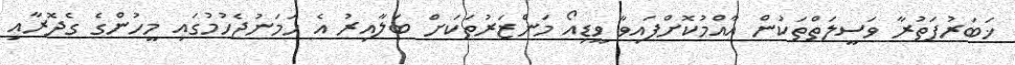
ޚަބަރުފަތުރާ ވަސީލަތްތަކުން އާއްމުކޮށްފައިވާ ވީޑިއޯ މަންޒަރުތަކަށް ބަލާއިރު އެ ހަމަނުޖެހުމުގައި މީހުންގެ ގެދޮރާއި